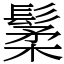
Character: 䰆